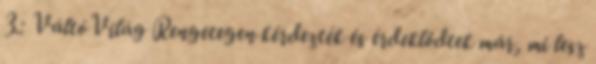
3.: VáltóVilág Rengetegen kérdezték és érdeklődtek már, mi lesz